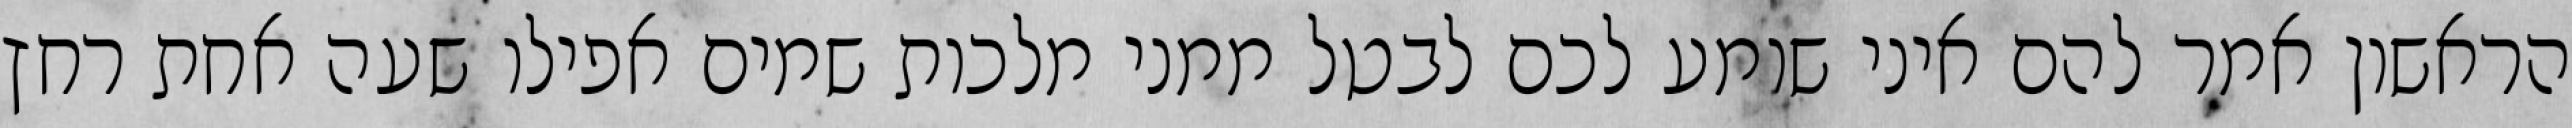
הראשון אמר להם איני שומע לכם לבטל ממני מלכות שמים אפילו שעה אחת רחץ